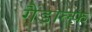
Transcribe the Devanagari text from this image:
गैंडाल्फ़